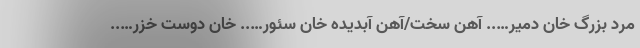
مرد بزرگ خان دمیر….. آهن سخت/آهن آبدیده خان سئور….. خان دوست خزر…..